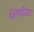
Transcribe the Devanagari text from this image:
शिवळ्ळि